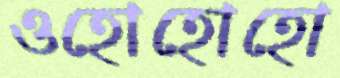
ওহোহোহো